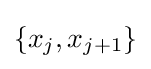
\{x_{j},x_{j+1}\}